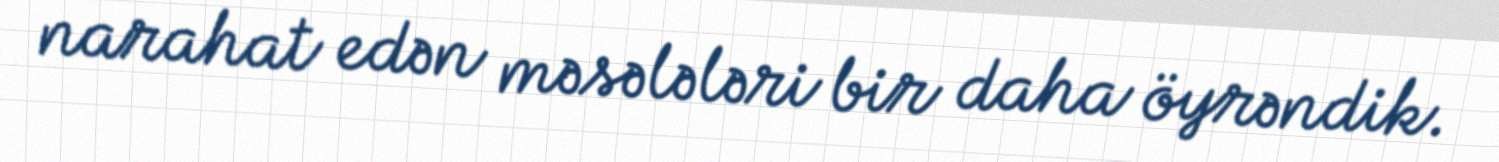
narahat edən məsələləri bir daha öyrəndik.